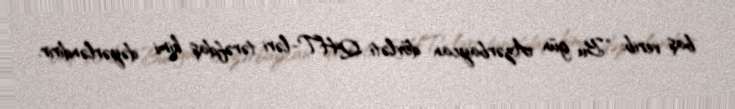
baş verib: “Bu gün Azərbaycan dövləti QHT-ləri tərəfdaş kimi dəyərləndirir.